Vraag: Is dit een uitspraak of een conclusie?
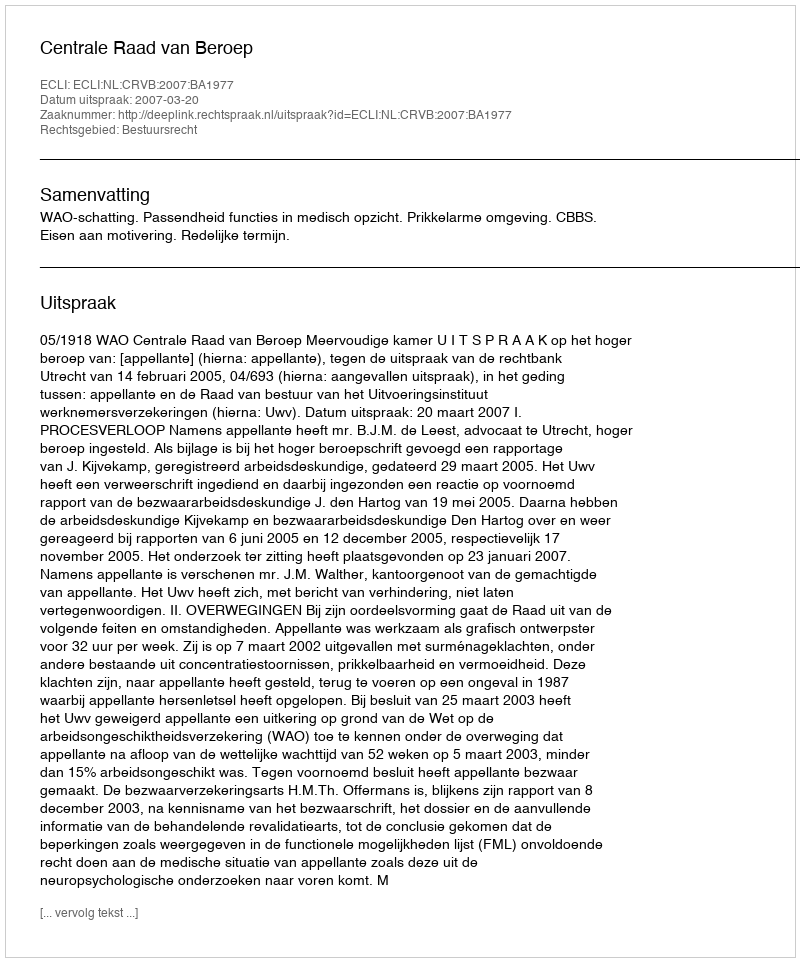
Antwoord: Uitspraak